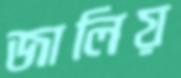
জালিয়